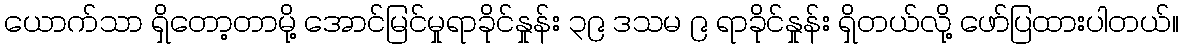
ယောက်သာ ရှိတော့တာမို့ အောင်မြင်မှုရာခိုင်နှုန်း ၃၉ ဒသမ ၉ ရာခိုင်နှုန်း ရှိတယ်လို့ ဖော်ပြထားပါတယ်။